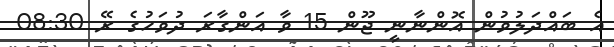
އެ ބައްދަލުވުން އޮންނާނީ ޖޫން 15 ވާ އަންގާރަ ދުވަހުގެ ރޭ 08:30